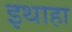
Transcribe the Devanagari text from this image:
इथाहा